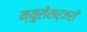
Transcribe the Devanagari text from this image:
न्युरोसर्जरी